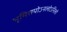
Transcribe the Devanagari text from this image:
भूमिरापोऽनलोऽनिलो